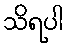
သိရပါ